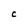
Character: C